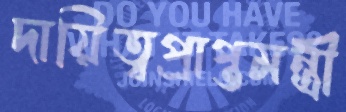
দায়িত্বপ্রাপ্তমন্ত্রী